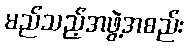
မည်သည့်အဖွဲ့အစည်း